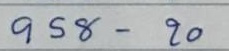
958 - 20